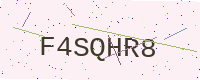
Text: F4SQHR8